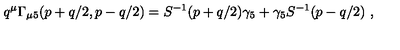
q ^ { \mu } \Gamma _ { \mu 5 } ( p + q / 2 , p - q / 2 ) = S ^ { - 1 } ( p + q / 2 ) \gamma _ { 5 } + \gamma _ { 5 } S ^ { - 1 } ( p - q / 2 ) \ ,